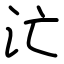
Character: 汒